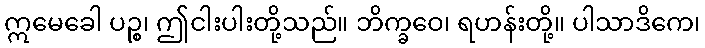
ဣမေခေါ ပဉ္စ၊ ဤငါးပါးတို့သည်။ ဘိက္ခဝေ၊ ရဟန်းတို့။ ပါသာဒိကေ၊